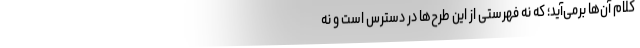
کلام آن‌ها برمی‌آید؛ که نه فهرستی از این طرح‌ها در دسترس است و نه